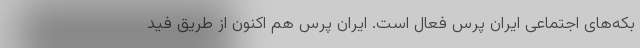
بکه‌های اجتماعی ایران پرس فعال است. ایران پرس هم اکنون از طریق فید